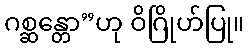
ဂစ္ဆန္တော”ဟု ဝိဂြိုဟ်ပြု။